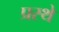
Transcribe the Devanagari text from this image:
प्रस्थे